Report on sanitation, dispensaries, and jails in Rajputana for 1915, and on vaccination for the year 1915-1916 - 1915-1916
Year: 1915
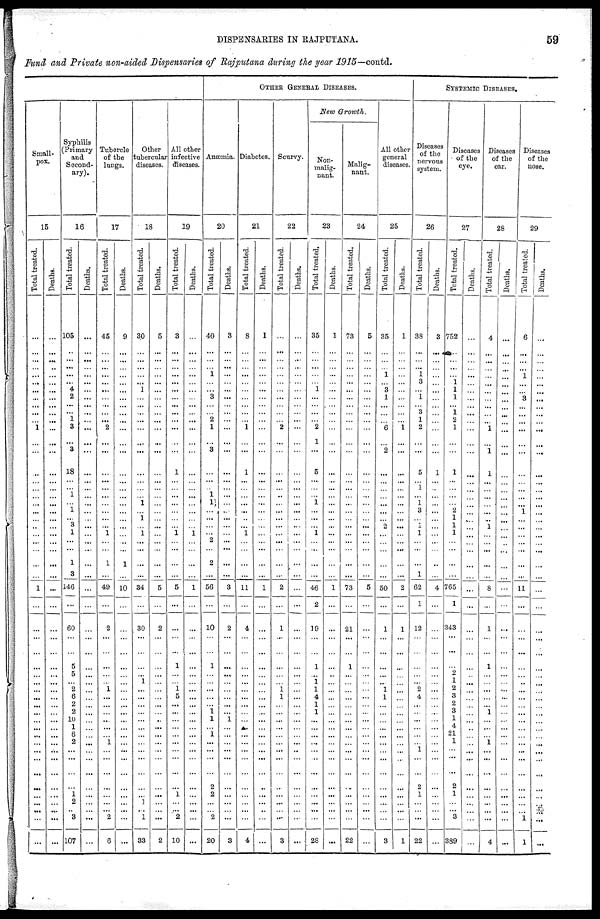
DISPENSARIES IN RAJPUTANA.
59
Fund and Private non-aided Dispensaries of Rajputana during the year 1915—contd.
OTHER GENERAL DISEASES.
Small-
pox.
15
Total treated.
...
...
...
...
...
...
...
...
...
...
1
...
...
...
...
...
...
...
...
...
...
...
...
...
...
1
...
...
...
...
...
...
...
...
...
...
...
...
...
...
...
...
...
...
...
...
...
...
...
Deaths.
...
...
...
...
...
...
...
...
...
...
...
...
...
...
...
...
...
...
...
...
...
...
...
...
...
...
...
...
...
...
...
...
...
...
...
...
...
...
...
...
...
...
...
...
...
...
...
...
...
...
Syphilis
(Primary
and
Second-
ary).
16
Total treated.
105
...
...
...
...
... 4
2
...
1
3
...
3
18
...
1
...
1
... 3
1
...
...
1
3
146
...
60
...
...
5
5
...
2
6
2
2
10
1
6
2
...
...
...
...
1
2
... 3
107
Deaths.
...
...
...
...
...
...
...
...
...
...
...
...
...
...
...
...
...
...
...
...
...
...
...
...
...
...
...
...
...
...
...
...
...
...
...
...
...
...
...
...
...
...
...
...
...
...
...
... ...
...
Tubercle
of the
lungs.
17
Total treated.
45
...
...
...
...
...
...
...
...
...
2
...
...
...
...
...
...
...
...
...
1
...
...
1
...
49
...
2
...
...
...
...
...
1
...
...
...
...
...
...
1
...
...
...
...
...
...
... 2
6
Deaths.
9
...
...
...
...
...
...
...
...
...
...
...
...
...
...
...
...
...
...
...
...
...
...
1
...
10
...
...
...
...
...
...
...
...
...
...
...
...
...
...
...
...
...
...
...
...
...
...
...
...
Other
tubercular
diseases.
18
Total treated.
30
...
...
...
...
...
1
...
...
...
...
...
...
...
...
...
1
...
...
...
1
...
...
...
...
34
...
30
...
...
...
...
1
...
...
...
...
...
...
...
...
...
...
...
...
...
1
... 1
33
Deaths.
5
...
...
...
...
...
...
...
...
...
...
...
...
...
...
...
...
...
...
...
...
...
...
...
...
5
...
2
...
...
...
...
...
...
...
...
...
...
...
...
...
...
...
...
...
...
...
...
...
2
All other
infective
diseases.
19
Total treated.
3
...
...
...
...
...
...
...
...
...
...
...
...
1
...
...
...
...
...
...
1
...
...
...
...
5
...
...
...
...
1
...
...
1
5
...
...
...
...
...
...
...
...
...
...
1
...
... 2
10
Deaths.
...
...
...
...
...
...
...
...
...
...
...
...
...
...
...
...
...
...
...
...
1
...
...
...
...
1
...
...
...
...
...
...
...
...
...
...
...
...
...
...
...
...
...
...
...
...
...
...
...
...
Anæmia.
20
Total treated.
40
...
...
...
1
...
...
3
...
2
1
...
3
...
...
1
1
...
...
...
... 2
...
2
...
56
...
10
...
...
1
...
...
...
...
...
1 1
...
1
...
...
...
...
2
2
...
... 2
20
Deaths.
3
...
...
...
...
...
...
...
...
...
...
...
...
...
...
...
...
...
...
...
...
...
...
...
...
3
...
2
...
...
...
...
...
...
...
...
...
1
...
...
...
...
...
...
...
...
...
...
...
3
Diabetes.
21
Total treated.
8
...
...
...
...
...
...
...
...
...
1
...
...
1
...
...
...
...
...
...
1
...
...
...
...
11
...
4
...
...
...
...
...
...
...
...
...
...
...
...
...
...
...
...
...
...
...
...
...
4
Deaths.
1
...
...
...
...
...
...
...
...
...
...
...
...
...
...
...
...
...
...
...
...
...
...
...
...
1
...
...
...
...
...
...
...
...
...
...
...
...
...
...
...
...
...
...
...
...
...
...
...
...
Scurvy.
22
Total treated.
...
...
...
...
...
...
...
...
...
...
2
...
...
...
...
...
...
...
...
...
...
...
...
...
...
2
...
1
...
...
...
...
...
1
1
...
...
...
...
...
...
...
...
...
...
...
...
...
...
3
Deaths.
...
...
...
...
...
...
...
...
...
...
...
...
...
...
...
...
...
...
...
...
...
...
...
...
...
...
...
...
...
...
...
...
...
...
...
...
...
...
...
...
...
...
...
...
...
...
...
...
...
...
New Growth.
Non-
malig-
nant.
23
Total treated.
35
...
...
...
...
... 1
...
...
...
2
1
...
5
...
...
1
...
...
...
1
...
...
...
...
46
2
19
...
...
1
...
1
1
4
1
1
...
...
...
...
...
...
...
...
...
...
...
...
28
Deaths.
1
...
...
...
...
...
...
...
...
...
...
...
...
...
...
...
...
...
...
...
...
...
...
...
...
1
...
...
...
...
...
...
...
...
...
...
...
...
...
...
...
...
...
...
...
...
...
...
...
...
Malig-
nant.
24
Total treated.
73
...
...
...
...
...
...
...
...
...
...
...
...
...
...
...
...
...
...
...
...
...
...
...
...
73
...
21
...
...
1
...
...
...
...
...
...
...
...
...
...
...
...
...
...
...
...
...
...
22
Deaths.
5
...
...
...
...
...
...
...
...
...
...
...
...
...
...
...
...
...
...
...
...
...
...
...
...
5
...
...
...
...
...
...
...
...
...
...
...
...
...
...
...
...
...
...
...
...
...
...
...
...
All other
general
diseases.
25
Total treated.
35
...
...
...
1
... 3
1
...
...
6
...
2
...
...
...
...
...
...
2
...
...
...
...
...
50
...
1
...
...
...
...
...
1
1
...
...
...
...
...
...
...
...
...
...
...
...
...
...
3
Deaths.
1
...
...
...
...
...
...
...
...
...
1
...
...
...
...
...
...
...
...
...
...
...
...
...
...
2
...
1
...
...
...
...
...
...
...
...
...
...
...
...
...
...
...
...
...
...
...
...
...
1
SYSTEMIC DISEASES.
Diseases
of the
nervous
system.
26
Total treated.
38
...
...
1
1
3
...
1
3
1
2
...
...
5
...
1
1
3
... 1
1
...
...
...
1
62
1
12
...
...
...
...
...
2
4
...
...
...
...
...
...
1
...
...
2
1
...
...
...
22
Deaths.
3
...
...
...
...
...
...
...
...
...
...
...
...
1
...
...
...
...
...
...
...
...
...
...
...
4
...
...
...
...
...
...
...
...
...
...
...
...
...
...
...
...
...
...
...
...
...
...
...
...
Diseases
of the
eye.
27
Total treated.
752
...
...
...
... 1
1
1
1
2
1
...
...
1
...
...
...
2
1
1
1
...
...
...
...
765
1
343
...
...
...
2
1
2
3
2
3
1
4
21
1
...
...
...
2
1
...
... 3
389
Deaths.
...
...
...
...
...
...
...
...
...
...
...
...
...
...
...
...
...
...
...
...
...
...
...
...
...
...
...
...
...
...
...
...
...
...
...
...
...
...
...
...
...
...
...
...
...
...
...
...
...
...
Diseases
of the
ear.
28
Total treated.
4
...
...
...
...
...
...
...
...
...
1
...
1
1
...
...
...
...
...
1
...
...
...
...
...
8
...
1
...
...
1
...
...
...
...
...
1
...
...
...
1
...
...
...
...
...
...
...
...
4
Deaths.
...
...
...
...
...
...
...
...
...
...
...
...
...
...
...
...
...
...
...
...
...
...
...
...
...
...
...
...
...
...
...
...
...
...
...
...
...
...
...
...
...
...
...
...
...
...
...
...
...
...
Disease
of the
nose.
29
Total treated.
6
...
...
...
...
...
...
3
...
...
...
...
...
...
...
...
...
1
...
...
...
...
...
...
...
11
...
...
...
...
...
...
...
...
...
...
...
...
...
...
...
...
...
...
...
...
...
... 1
1
Deaths.
...
...
...
...
...
...
...
...
...
...
...
...
...
...
...
...
...
...
...
...
...
...
...
...
...
...
...
...
...
...
...
...
...
...
...
...
...
...
...
...
...
...
...
...
...
...
...
...
...
...